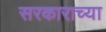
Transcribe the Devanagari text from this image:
सरकाराच्या